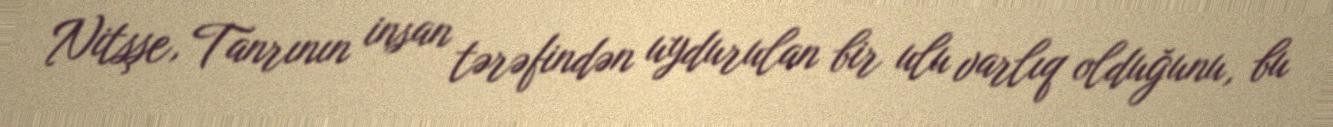
Nitsşe, Tanrının insan tərəfindən uydurulan bir ulu varlıq olduğunu, bu